Plague in India, 1896, 1897 - Volume 3
Year: 1896
Disease focus: Plague
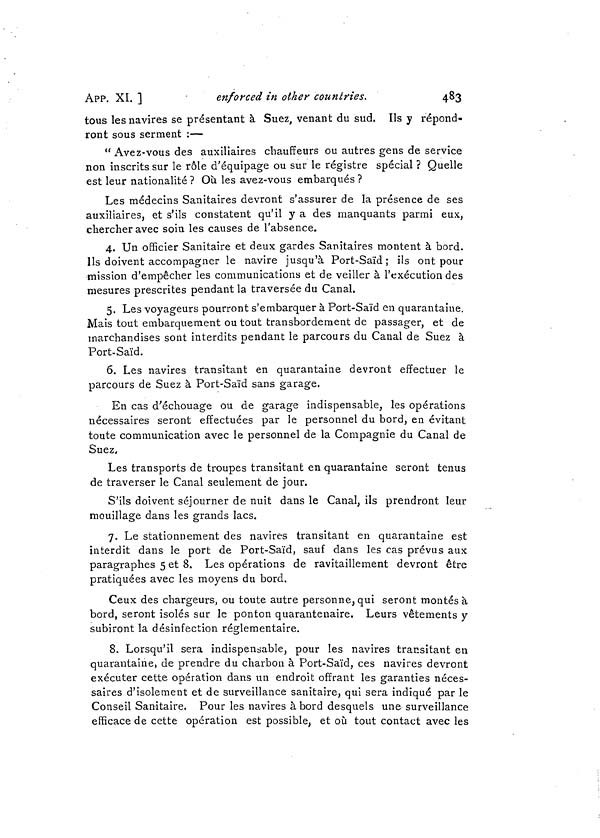
APP. XI. ]
enforced in other countries.
483
tous les navires se présentant à Suez, venant du sud. Ils y répond-
ront sous serment :—
" Avez-vous des auxiliaires chauffeurs ou autres gens de service
non inscrits sur le rôle d'équipage ou sur le registre spécial ? Quelle
est leur nationalité ? Où les avez-vous embarqués ?
Les médecins Sanitaires devront s'assurer de la présence de ses
auxiliaires, et s'ils constatent qu'il y a des manquants parmi eux,
chercher avec soin les causes de l'absence.
4. Un officier Sanitaire et deux gardes Sanitaires montent à bord.
Ils doivent accompagner le navire jusqu'à Port-Saïd; ils ont pour
mission d'empêcher les communications et de veiller à l'exécution des
mesures prescrites pendant la traversée du Canal.
5. Les voyageurs pourront s'embarquer à Port-Saïd en quarantaine.
Mais tout embarquement ou tout transbordement de passager, et de
marchandises sont interdits pendant le parcours du Canal de Suez à
Port-Saïd.
6. Les navires transitant en quarantaine devront effectuer le
parcours de Suez à Port-Saïd sans garage.
En cas d'échouage ou de garage indispensable, les opérations
nécessaires seront effectuées par le personnel du bord, en évitant
toute communication avec le personnel de la Compagnie du Canal de
Suez.
Les transports de troupes transitant en quarantaine seront tenus
de traverser le Canal seulement de jour.
S'ils doivent séjourner de nuit dans le Canal, ils prendront leur
mouillage dans les grands lacs.
7. Le stationnement des navires transitant en quarantaine est
interdit dans le port de Port-Saïd, sauf dans les cas prévus aux
paragraphes 5 et 8. Les opérations de ravitaillement devront être
pratiquées avec les moyens du bord.
Ceux des chargeurs, ou toute autre personne, qui seront montés à
bord, seront isolés sur le ponton quarantenaire. Leurs vêtements y
subiront la désinfection réglementaire.
8. Lorsqu'il sera indispensable, pour les navires transitant en
quarantaine, de prendre du charbon à Port-Saïd, ces navires devront
exécuter cette opération dans un endroit offrant les garanties néces-
saires d'isolement et de surveillance sanitaire, qui sera indiqué par le
Conseil Sanitaire. Pour les navires à bord desquels une surveillance
efficace de cette opération est possible, et où tout contact avec les